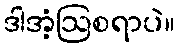
ဒါအံ့ဩစရာပဲ။